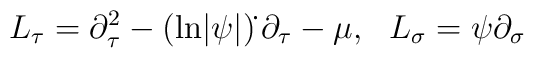
L_\tau = \partial_\tau^2 -(\mbox{ln}|\psi|)\dot{}\,\partial_\tau - \mu, \,\,\,\,L_\sigma = \psi\partial_\sigma